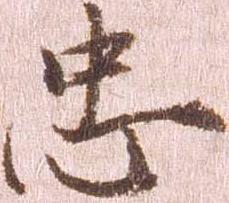
忠